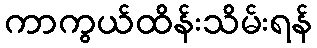
ကာကွယ်ထိန်းသိမ်းရန်